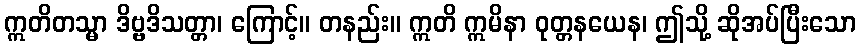
ဣတိတသ္မာ ဒိဗ္ဗဒိသတ္တာ၊ ကြောင့်။ တနည်း။ ဣတိ ဣမိနာ ဝုတ္တနယေန၊ ဤသို့ ဆိုအပ်ပြီးသော